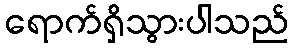
ရောက်ရှိသွားပါသည်